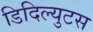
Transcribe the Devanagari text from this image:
डिदिल्युटस